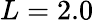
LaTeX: L=2.0